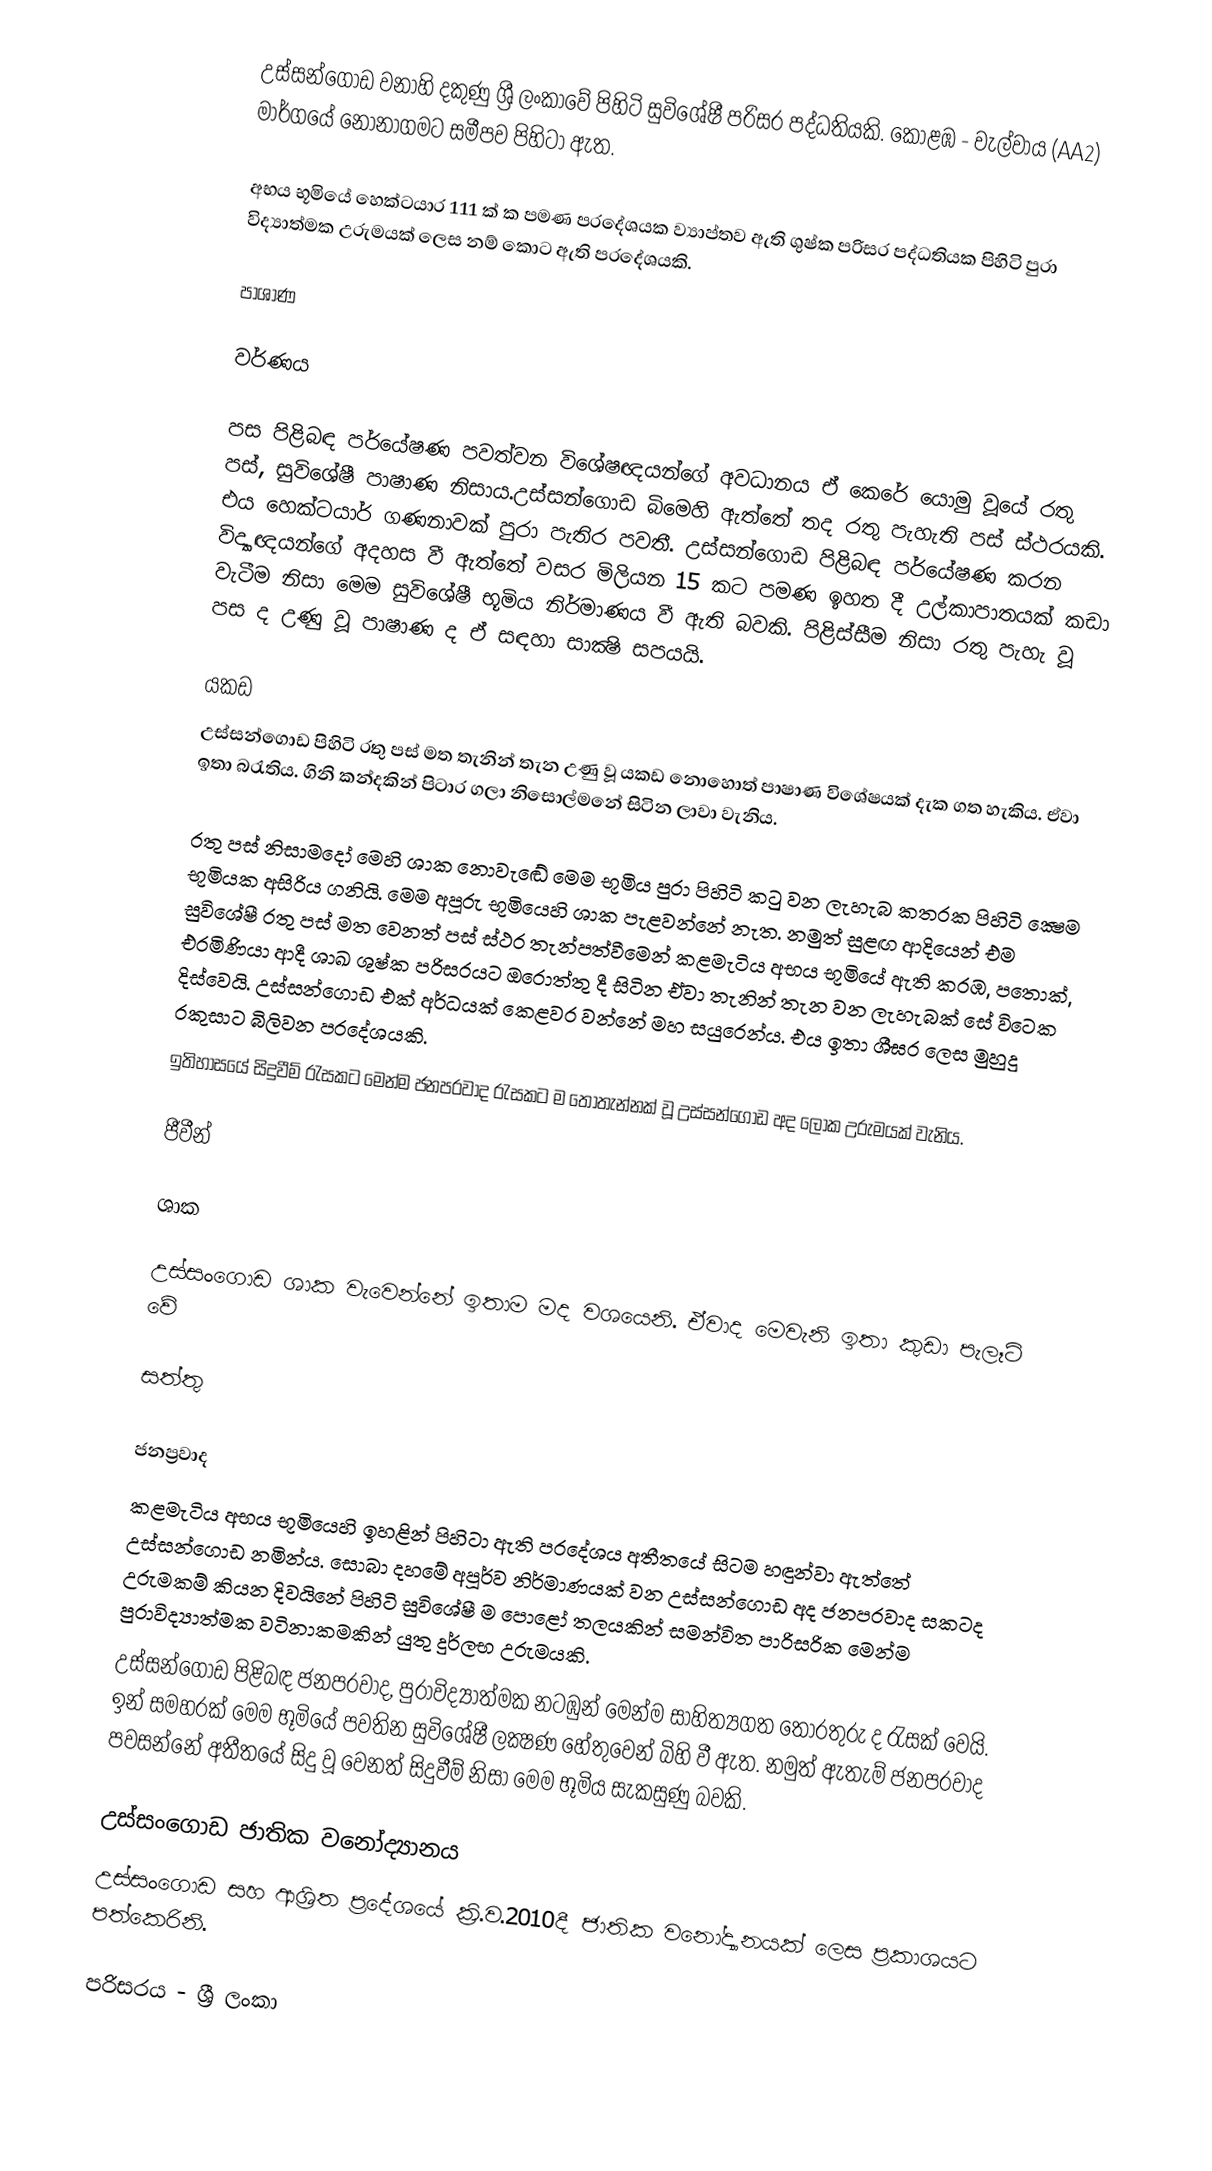
උස්සන්ගොඩ වනාහි දකුණු ශ්‍රී ලංකාවේ පිහිටි සුවිශේෂී  පරිසර පද්ධතියකි. කොළඹ - වැල්වාය (AA2) මාර්ගයේ නෝනාගමට සමීපව පිහිටා ඇත.

අභය භූමියේ හෙක්ටයාර 111 ක් ක පමණ ප‍්‍රදේශයක ව්‍යාප්තව ඇති ශුෂ්ක පරිසර පද්ධතියක පිහිටි පුරා විද්‍යාත්මක උරුමයක් ලෙස නම් කොට ඇති ප‍්‍රදේශයකි.

පාශාණ

වර්ණය

පස පිළිබඳ පර්යේෂණ පවත්වන විශේෂඥයන්ගේ අවධානය ඒ කෙරේ යොමු වූයේ රතු පස්, සුවිශේෂී පාෂාණ නිසාය.උස්සන්ගොඩ බිමෙහි ඇත්තේ තද රතු පැහැති පස් ස්ථරයකි. එය හෙක්ටයාර් ගණනාවක් පුරා පැතිර පවතී. උස්සන්ගොඩ පිළිබඳ පර්යේෂණ කරන විද්‍යාඥයන්ගේ අදහස වී ඇත්තේ වසර මිලියන 15 කට පමණ ඉහත දී උල්කාපාතයක් කඩා වැටීම නිසා මෙම සුවිශේෂී භූමිය නිර්මාණය වී ඇති බවකි. පිළිස්සීම නිසා රතු පැහැ වූ පස ද උණු වූ පාෂාණ ද ඒ සඳහා සාක්‍ෂි සපයයි.

යකඩ
උස්සන්ගොඩ පිහිටි රතු පස් මත තැනින් තැන උණු වූ යකඩ නොහොත් පාෂාණ විශේෂයක් දැක ගත හැකිය. ඒවා ඉතා බරැතිය. ගිනි කන්දකින් පිටාර ගලා නිසොල්මනේ සිටින ලාවා වැනිය.

රතු පස් නිසාමදෝ මෙහි ශාක නොවැඬේ මෙම භූමිය පුරා පිහිටි කටු වන ලැහැබ කතරක පිහිටි ක්‍ෂෙම භූමියක අසිරිය ගනියි. මෙම අපූරු භූමියෙහි ශාක පැළවන්නේ නැත. නමුත් සුළඟ ආදියෙන් එම සුවිශේෂී රතු පස් මත වෙනත් පස් ස්ථර තැන්පත්වීමෙන් කළමැටිය අභය භූමියේ ඇති කරඹ, පතොක්, එරමිණියා ආදී ශාඛ ශුෂ්ක පරිසරයට ඔරොත්තු දී සිටින ඒවා තැනින් තැන වන ලැහැබක් සේ විටෙක දිස්වෙයි. උස්සන්ගොඩ එක් අර්ධයක් කෙළවර වන්නේ මහ සයුරෙන්ය. එය ඉතා ශීඝ‍්‍ර ලෙස මුහුදු රකුසාට බිලිවන ප‍්‍රදේශයකි.
ඉතිහාසයේ සිදුවීම් රැසකට මෙන්ම ජනප‍්‍රවාද රැසකට ම තෝතැන්නක් වූ උස්සන්ගොඩ අද ලෝක උරුමයක් වැනිය.

ජීවීන්

ශාක

උස්සංගොඩ ශාක වැවෙන්නේ ඉතාම මද වශයෙනි. ඒවාද මෙවැනි ඉතා කුඩා පැලෑටි වේ

සත්තු

ජනප්‍රවාද
කළමැටිය අභය භූමියෙහි ඉහළින් පිහිටා ඇති ප‍්‍රදේශය අතීතයේ සිටම හඳුන්වා ඇත්තේ උස්සන්ගොඩ නමින්ය. සොබා දහමේ අපූර්ව නිර්මාණයක් වන උස්සන්ගොඩ අද ජනප‍්‍රවාද සකටද උරුමකම් කියන දිවයිනේ පිහිටි සුවිශේෂී ම පොළෝ තලයකින් සමන්විත පාරිසරික මෙන්ම පුරාවිද්‍යාත්මක වටිනාකමකින් යුතු දුර්ලභ උරුමයකි.
උස්සන්ගොඩ පිළිබඳ ජනප‍්‍රවාද, පුරාවිද්‍යාත්මක නටඹුන් මෙන්ම සාහිත්‍යගත තොරතුරු ද රැසක් වෙයි. ඉන් සමහරක් මෙම භූමියේ පවතින සුවිශේෂී ලක්‍ෂණ හේතුවෙන් බිහි වී ඇත. නමුත් ඇතැම් ජනප‍්‍රවාද පවසන්නේ අතීතයේ සිදු වූ වෙනත් සිදුවීම් නිසා මෙම භූමිය සැකසුණු බවකි.

උස්සංගොඩ ජාතික වනෝද්‍යානය
උස්සංගොඩ සහ ආශ්‍රිත ප්‍රදේශයේ ක්‍රි.ව.2010දී ජාතික වනෝද්‍යානයක් ලෙස ප්‍රකාශයට පත්කෙරිනි.

පරිසරය - ශ්‍රී ලංකා